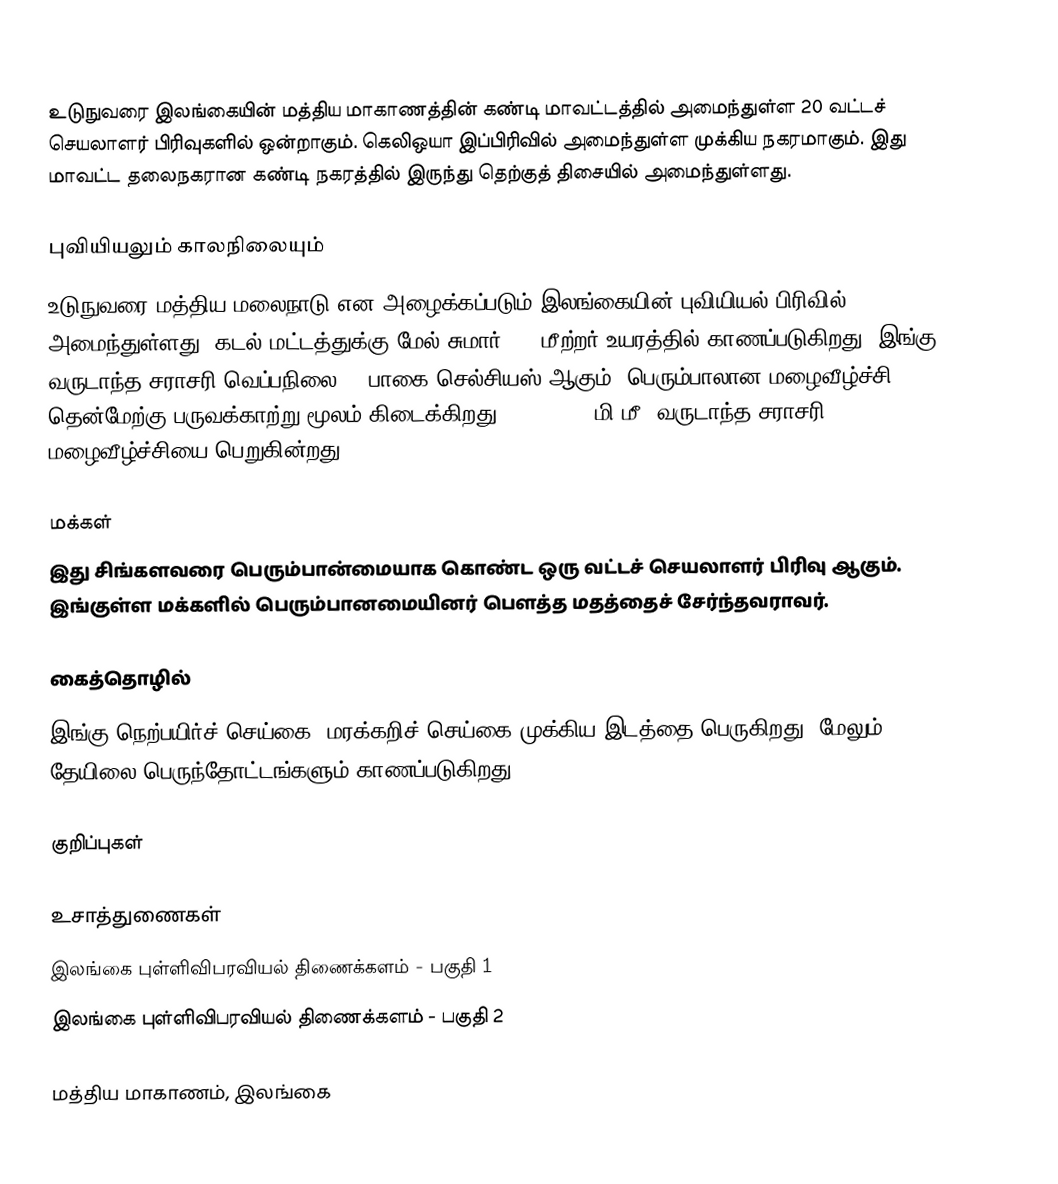
உடுநுவரை இலங்கையின் மத்திய மாகாணத்தின் கண்டி மாவட்டத்தில் அமைந்துள்ள 20 வட்டச் செயலாளர் பிரிவுகளில் ஒன்றாகும். கெலிஒயா இப்பிரிவில் அமைந்துள்ள முக்கிய நகரமாகும்.  இது மாவட்ட தலைநகரான கண்டி நகரத்தில் இருந்து  தெற்குத் திசையில்  அமைந்துள்ளது.

புவியியலும் காலநிலையும்
உடுநுவரை  மத்திய மலைநாடு என அழைக்கப்படும்  இலங்கையின் புவியியல் பிரிவில் அமைந்துள்ளது. கடல் மட்டத்துக்கு மேல் சுமார் 568 மீற்றர்  உயரத்தில் காணப்படுகிறது. இங்கு வருடாந்த சராசரி வெப்பநிலை 24 பாகை செல்சியஸ் ஆகும். பெரும்பாலான மழைவீழ்ச்சி தென்மேற்கு பருவக்காற்று மூலம் கிடைக்கிறது. 2500-3000 மி.மீ. வருடாந்த சராசரி மழைவீழ்ச்சியை பெறுகின்றது.

மக்கள்
இது சிங்களவரை பெரும்பான்மையாக கொண்ட ஒரு வட்டச் செயலாளர் பிரிவு ஆகும். இங்குள்ள மக்களில் பெரும்பானமையினர் பௌத்த மதத்தைச் சேர்ந்தவராவர்.

கைத்தொழில்
இங்கு நெற்பயிர்ச் செய்கை, மரக்கறிச் செய்கை முக்கிய இடத்தை பெருகிறது. மேலும் தேயிலை பெருந்தோட்டங்களும் காணப்படுகிறது.

குறிப்புகள்

உசாத்துணைகள்
 இலங்கை புள்ளிவிபரவியல் திணைக்களம் - பகுதி 1
 இலங்கை புள்ளிவிபரவியல் திணைக்களம் - பகுதி 2

மத்திய மாகாணம், இலங்கை